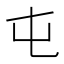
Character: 屯